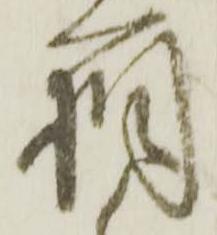
箱